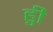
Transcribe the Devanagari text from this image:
हुी